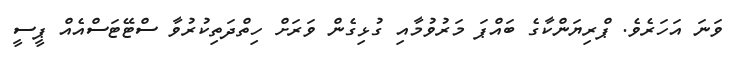
ވަަނަ އަހަރެވެ. ޕްރިޔަންކާގެ ބައްޕަ މަރުވުމާއި ގުޅިގެން ވަރަށް ހިތްދަތިކުރުވާ ސްޓޭޓަސްއެއް ޕީސީ